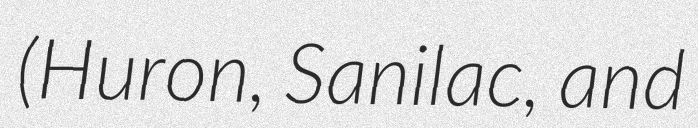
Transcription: (Huron, Sanilac, and